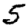
Digit: 5